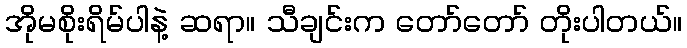
အိုမစိုးရိမ်ပါနဲ့ ဆရာ။ သီချင်းက တော်တော် တိုးပါတယ်။